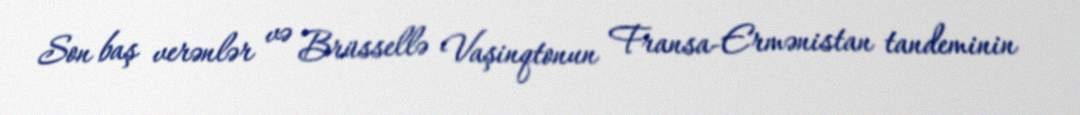
Son baş verənlər və Brüssellə Vaşinqtonun Fransa-Ermənistan tandeminin